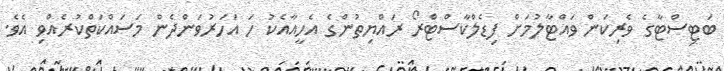
ބަޓިސްޓާގެ ވެރިކަން ވައްޓާލުމަށް ފިޑެލްކާސްޓްރޯ ރައްޔިތުންގެ އެހީއާއެކު ހަ އަހަރުވަންދެން މަސައްކަތްކުރެއްވި އެވެ.